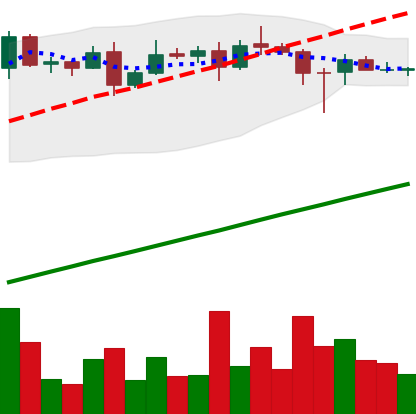
Ticker: ADA-USD
Chart end date: 2020-08-16
Forward return: -10.624%
Label: down_7plus